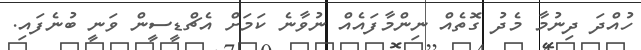
ހުއްދަ ދިނުމާ މެދު ގޮތެއް ނިންމާފައެއް ނުވާނެ ކަމަށް އެޗްޑީސީން ވަނީ ބުނެފައި.